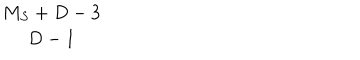
LaTeX: \begin{array} { c } { { M _ { S } + D - 3 } } \\ { { D - 1 } } \\ \end{array}